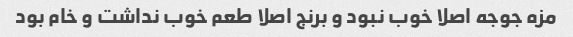
مزه جوجه اصلا خوب نبود و برنج اصلا طعم خوب نداشت و خام بود